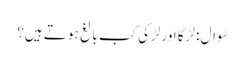
سُوال : لڑکا اور لڑکی کب بالغ ہو تے ہیں؟